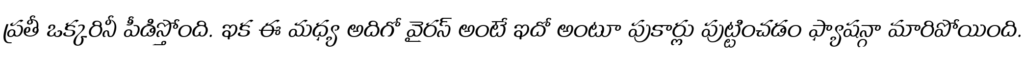
ప్రతీ ఒక్కరినీ పీడిస్తోంది. ఇక ఈ మధ్య అదిగో వైరస్ అంటే ఇదో అంటూ పుకార్లు పుట్టించడం ఫ్యాషన్గా మారిపోయింది.